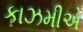
કાઝમીએ